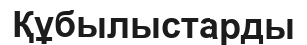
Құбылыстарды